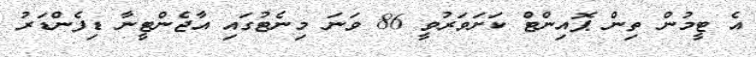
އެ ޓީމުން ތިން ޕޮއިންޓް ކަށަވަރުވީ 86 ވަނަ މިނެޓުގައި އާޖެންޓީނާ ޑިފެންޑަރު